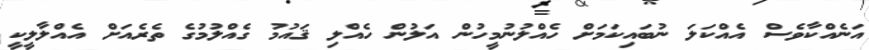
އަނެއްކާވެސް އެއްކަލަ ނުބައިކަމަށް ހެއްލުނުމީހުން އަލުން ހެއްލި ޤައުމު ގެއްލުމުގެ ތެރެއަށް އެއްލާލީކީ